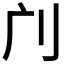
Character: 𠚳